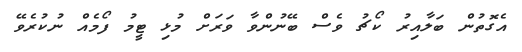
އެގޮތުން ބަލާއިރު ކޯޗު ވެސް ބޭނުންވާ ވަރަށް މުޅި ޓީމު ފޯމެއް ނުކުރެވޭ